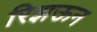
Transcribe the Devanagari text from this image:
रिझऊन